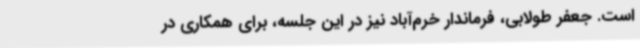
است. جعفر طولابی، فرماندار خرم‌آباد نیز در این جلسه، برای همکاری در